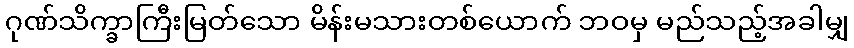
ဂုဏ်သိက္ခာကြီးမြတ်သော မိန်းမသားတစ်ယောက် ဘဝမှ မည်သည့်အခါမျှ